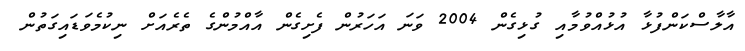
އާލާސްކަންފުޅާ އުޅުއްވުމާއި ގުޅިގެން 2004 ވަނަ އަހަރުން ފެށިގެން އާއްމުންގެ ތެރެއަށް ނިކުމެވަޑައިގަތުން